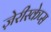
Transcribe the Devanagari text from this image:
ज़ेरीस्‍केप्‍स